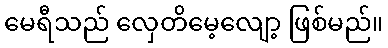
မေရီသည် လှေတိမေ့လျော့ ဖြစ်မည်။